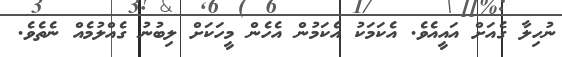
ނުހިލާ ގެއަށް އައީއެވެ. އެކަމަކު އެކަމުން އެހެން މީހަކަށް ލިބުނު ގެއްލުމެއް ނެތެވެ.